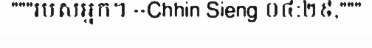
"""របស់អ្នក។ --Chhin Sieng ០៤:២៩,"""